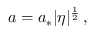
a = a _ { * } | \eta | ^ { \frac { 1 } { 2 } } \, ,